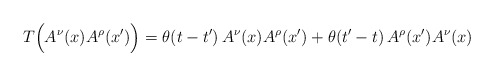
\begin{align*}T\Bigl(A^\nu(x)A^\rho(x^\prime)\Bigr)=\theta(t-t^\prime)\,A^\nu(x)A^\rho(x^\prime)+\theta(t^\prime-t)\,A^\rho(x^\prime)A^\nu(x)\end{align*}